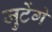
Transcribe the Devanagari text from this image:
जुटेंगे